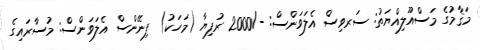
މަޤާމުގެ މަސްއޫލިއްޔަތު: ސަރވިސް އެލަވަންސް: -/2000 ރުފިޔާ (މަހަކު) ފިނޭންސް އެލަވަންސް: މުސާރައިގެ